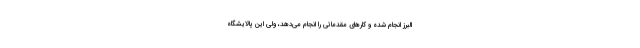
البرز انجام شده و کارهای مقدماتی را انجام می‌دهد، ولی این پالایشگاه